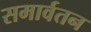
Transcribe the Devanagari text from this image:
समार्वतन